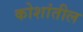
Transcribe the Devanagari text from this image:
कोशांतील